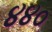
૪૪૦